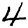
Digit: 4